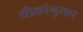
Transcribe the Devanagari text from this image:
पीकांनुसार